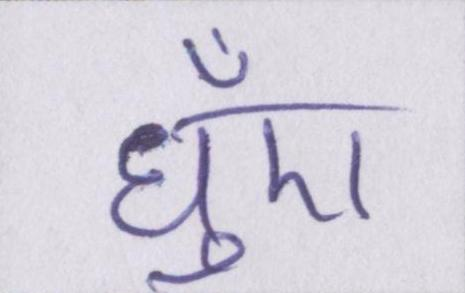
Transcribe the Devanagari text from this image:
धुँए